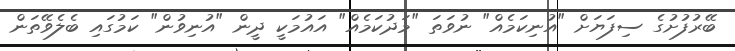
ބޭރުފުށުގެ ސިފަޔަށް "އުނިކަމެއް" ނުވަތަ "މަދުކަމެއް" އައުމަކީ ދީން "އުނިވުން" ކަމުގައި ބެލެވޭތަން